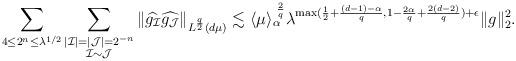
LaTeX: \begin{align*}\sum_{ 4 \leq 2^n \leq \lambda^{1/2} } \sum_{ \substack{|\mathcal I| = |\mathcal J| = 2^{-n} \\ \mathcal I \sim \mathcal J }} \|\widehat{g_{\mathcal I}}\widehat{g_{\mathcal J}}\|_{L^{\frac{q}{2}}(d\mu)}\lesssim \langle\mu\rangle_\alpha^{\,\,\frac2q} \lambda^{\max (\frac{1}{2}+\frac{(d-1)-\alpha}{q}, 1-\frac{2\alpha}{q}+\frac{2(d-2)}{q}) + \epsilon} \| g \|_2^2.\end{align*}